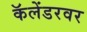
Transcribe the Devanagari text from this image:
कॅलेंडरवर